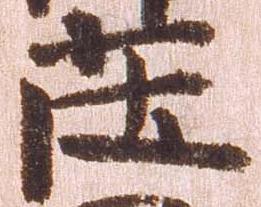
庄